Indian Medical Review
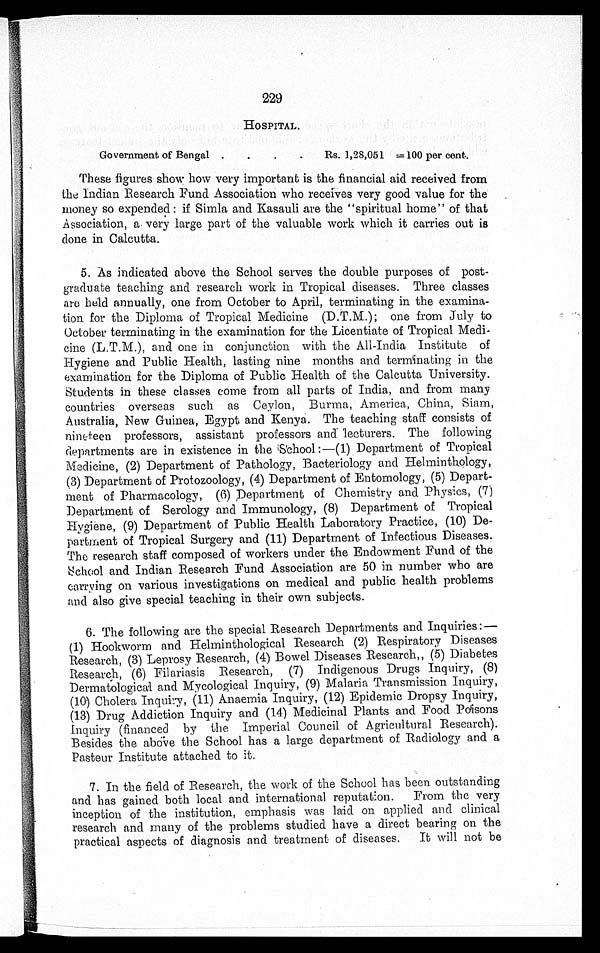
229
HOSPITAL.
Government of Bengal .
.
.
Rs. 1,28,051 =100 per cent.
These figures show how very important is the financial aid received from
the Indian Research Fund Association who receives very good value for the
money so expended: if Simla and Kasauli are the "spiritual home" of that
Association, a very large part of the valuable work which it carries out is
done in Calcutta.
5. As indicated above the School serves the double purposes of post-
graduate teaching and research work in Tropical diseases. Three classes
are held annually, one from October to April, terminating in the examina-
tion for the Diploma of Tropical Medicine (D.T.M.); one from July to
October terminating in the examination for the Licentiate of Tropical Medi-
cine (L.T.M.), and one in conjunction with the All-India Institute of
Hygiene and Public Health, lasting nine months and terminating in the
examination for the Diploma of Public Health of the Calcutta University.
Students in these classes come from all parts of India, and from many
countries overseas such as Ceylon, Burma, America, China, Siam,
Australia, New Guinea, Egypt and Kenya. The teaching staff consists of
nineteen professors, assistant professors and lecturers. The following
departments are in existence in the School:—(1) Department of Tropical
Medicine, (2) Department of Pathology, Bacteriology and Helminthology,
(3) Department of Protozoology, (4) Department of Entomology, (5) Depart-
ment of Pharmacology, (6) Department of Chemistry and Physics, (7)
Department of Serology and Immunology, (8) Department of Tropical
Hygiene, (9) Department of Public Health Laboratory Practice, (10) De-
partment of Tropical Surgery and (11) Department of Infectious Diseases.
The research staff composed of workers under the Endowment Fund of the
School and Indian Research Fund Association are 50 in number who are
carrying on various investigations on medical and public health problems
and also give special teaching in their own subjects.
6. The following are the special Research Departments and Inquiries: —
(1) Hookworm and Helminthological Research (2) Respiratory Diseases
Research, (3) Leprosy Research, (4) Bowel Diseases Research„ (5) Diabetes
Research, (6) Filariasis Research, (7) Indigenous Drugs Inquiry, (8)
Dermatological and Mycological Inquiry, (9) Malaria Transmission Inquiry,
(10) Cholera Inquiry, (11) Anaemia Inquiry, (12) Epidemic Dropsy Inquiry,
(13) Drug Addiction Inquiry and (14) Medicinal Plants and Food Poisons
Inquiry (financed by the Imperial Council of Agricultural Research).
Besides the above the School has a large department of Radiology and a
Pasteur Institute attached to it.
7. In the field of Research, the work of the School has been outstanding
and has gained both local and international reputation. From the very
inception of the institution, emphasis was laid on applied and clinical
research and many of the problems studied have a direct bearing on the
practical aspects of diagnosis and treatment of diseases. It will not be